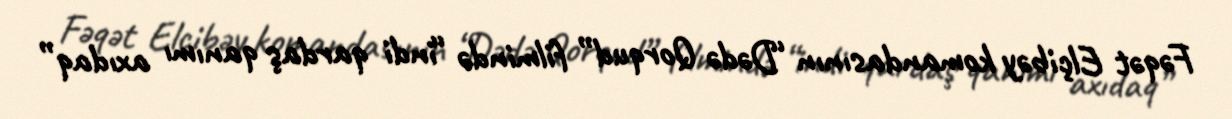
Fəqət Elçibəy komandasının “Dədə Qorqud” filmində “indi qardaş qanımı axıdaq”